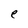
Character: e